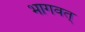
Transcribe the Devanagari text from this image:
भागवत्‌